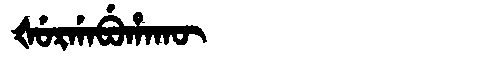
Manchu: ᡧᡠᡵᡤᠠᠪᡠᡥᠠᡴᡡ
Romanization: ŠURGABUHAKŪ